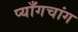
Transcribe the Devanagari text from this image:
प्याँगचांग